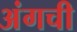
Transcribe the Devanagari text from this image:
अंगची